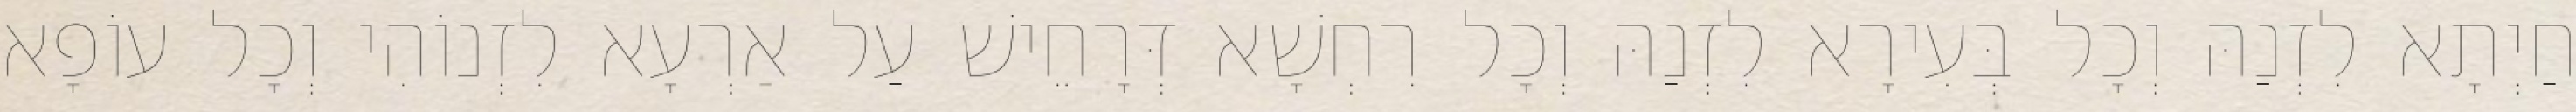
חַיְתָא לִזְנַהּ וְכָל בְּעִירָא לִזְנַהּ וְכָל רִחְשָׁא דְּרָחֵישׁ עַל אַרְעָא לִזְנוֹהִי וְכָל עוֹפָא